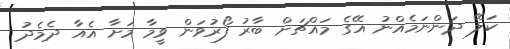
ކަލޭ ދަންނަމެއްނު އޭގެ މައްޗަށް ބާރު ފޯރުވަން ވީމާ މަށާ އެއާ ދެމެދު